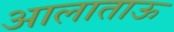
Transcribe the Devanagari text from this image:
आलाताऊ